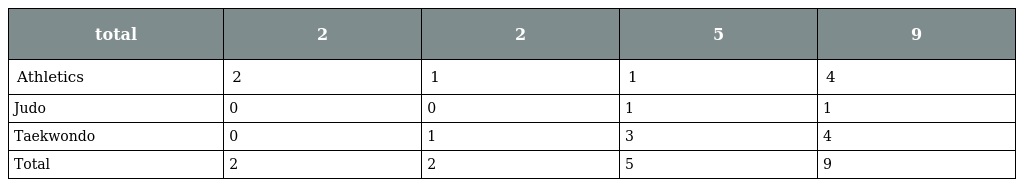
| total | 2 | 2 | 5 | 9 |
 | --- | --- | --- | --- | --- |
 | Athletics | 2 | 1 | 1 | 4 |
 | Judo | 0 | 0 | 1 | 1 |
 | Taekwondo | 0 | 1 | 3 | 4 |
 | Total | 2 | 2 | 5 | 9 |